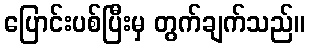
ပြောင်းပစ်ပြီးမှ တွက်ချက်သည်။